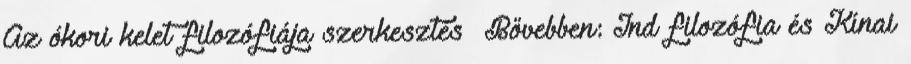
Az ókori kelet filozófiája szerkesztés Bővebben: Ind filozófia és Kínai